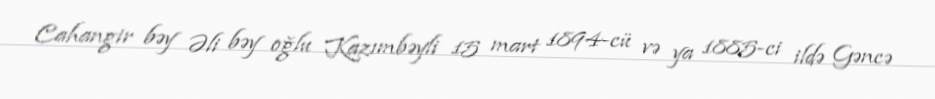
Cahangir bəy Əli bəy oğlu Kazımbəyli 15 mart 1894-cü və ya 1885-ci ildə Gəncə